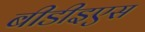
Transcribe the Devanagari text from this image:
बीडीइएस